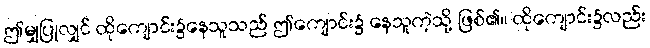
ဤမျှပြုလျှင် ထိုကျောင်း၌နေသူသည် ဤကျောင်း၌ နေသူကဲ့သို့ ဖြစ်၏။ ထိုကျောင်း၌လည်း